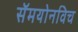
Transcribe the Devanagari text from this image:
सॅमयोनविच